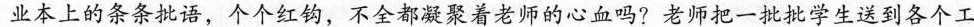
业本上的条条批语，个个红钩，不全都凝聚着老师的心血吗?老师把一批批学生送到各个工